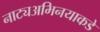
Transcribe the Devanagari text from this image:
नाट्यअभिनयाकडे